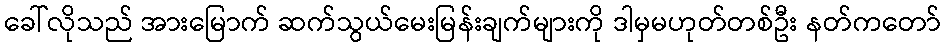
ခေါ်လိုသည် အားမြောက် ဆက်သွယ်မေးမြန်းချက်များကို ဒါမှမဟုတ်တစ်ဦး နတ်ကတော်